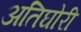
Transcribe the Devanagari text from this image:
अतिघोरी